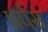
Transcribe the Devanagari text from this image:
पर्पस